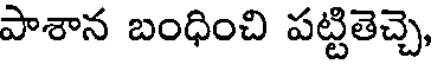
పాశాన బంధించి పట్టితెచ్చె,